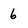
Character: 6